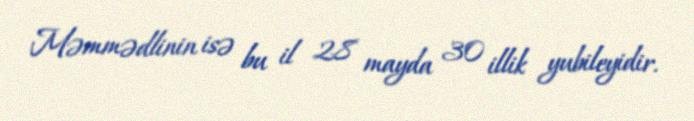
Məmmədlinin isə bu il 28 mayda 30 illik yubileyidir.